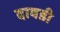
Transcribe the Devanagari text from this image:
दावडी